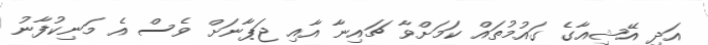
އަދި އޭޝިއާގެ ގައުމުތައް ކަމަށްވާ ޗައިނާ އާއި ޖަޕާނަށް ވެސް އެ މަނިކުފާނު